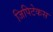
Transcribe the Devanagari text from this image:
जिपिटेकस